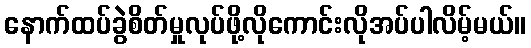
နောက်ထပ်ခွဲစိတ်မှုလုပ်ဖို့လိုကောင်းလိုအပ်ပါလိမ့်မယ်။